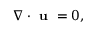
\begin{array} { r } { \nabla \cdot \textbf { u } = 0 , } \end{array}